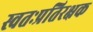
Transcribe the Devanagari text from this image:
स्वतःप्रतिरक्षक